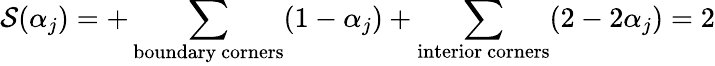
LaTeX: {\cal S}(\alpha_{j})=+\sum_{\mathrm{boundary~corners}}(1-\alpha_{j})+\sum_{\mathrm{interior~corners}}(2-2\alpha_{j})=2